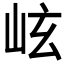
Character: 𪨬